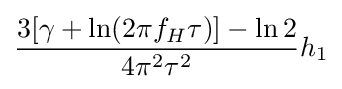
{\frac {3[\gamma +\ln(2\pi f_{H}\tau )]-\ln 2}{4\pi ^{2}\tau ^{2}}}h_{1}